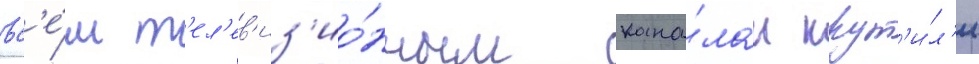
вс'е́м т'ел'ев'из'ио́нным кана́лам крут'и́л'и